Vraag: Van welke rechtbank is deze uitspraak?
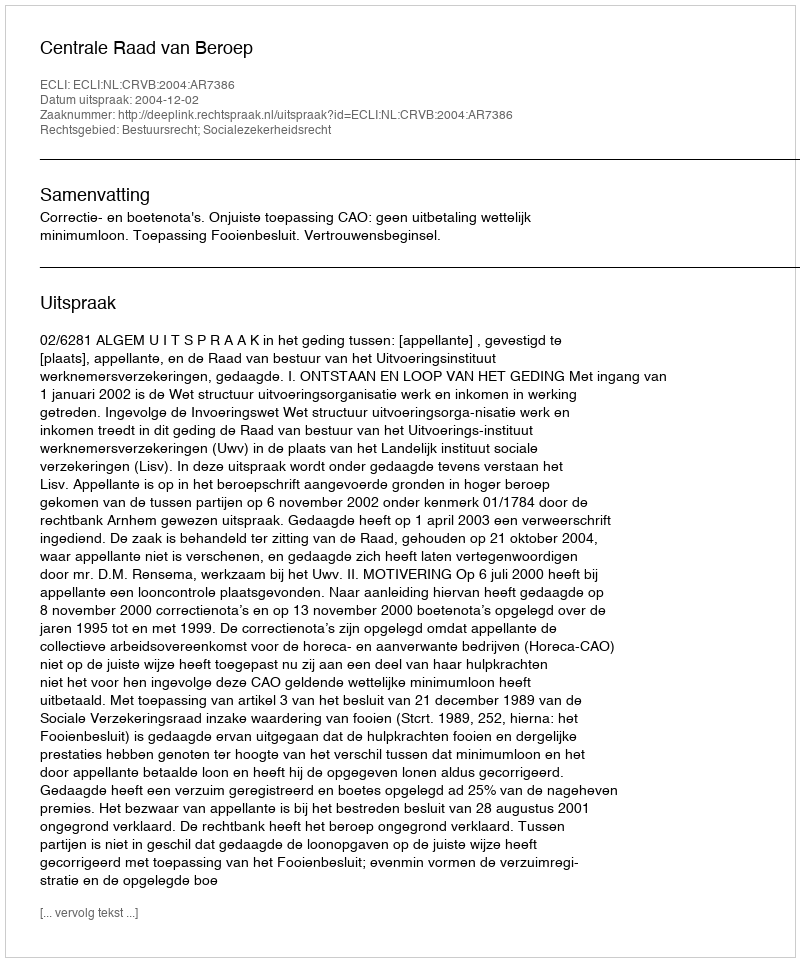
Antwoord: Centrale Raad van Beroep